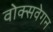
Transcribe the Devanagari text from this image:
वोक्सवेगन